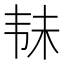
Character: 𱂄